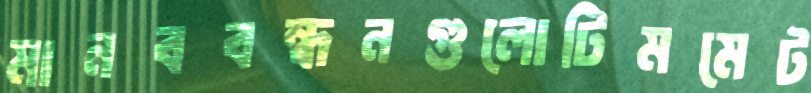
মানববন্ধনগুলোটিমমেট